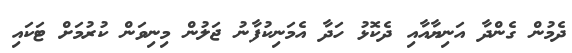
ދެމުން ގެންދާ އަނިޔާއާއި ދެކޮޅު ހަދާ އެމަނިކުފާނު ޖަލުން މިނިވަން ކުރުމަށް ޓަކައި